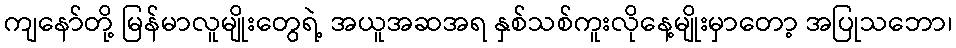
ကျနော်တို့ မြန်မာလူမျိုးတွေရဲ့ အယူအဆအရ နှစ်သစ်ကူးလိုနေ့မျိုးမှာတော့ အပြုသဘော၊